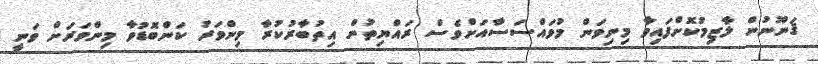
ޤަނޫނުން ލާޒިމުކޮށްފައިވާ މިނިވަން މުވައްސަސާއަށްވެސް ރައްޔިތުން އިތުބާރުކުރާ މިންވަރު ކަންބޮޑުވާ މިންވަރަށް ވަނީ